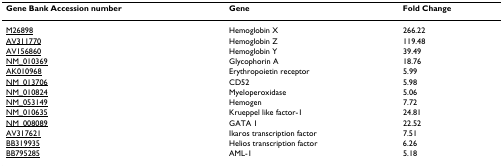
| Gene Bank Accession number | Gene | Fold Change |
 | --- | --- | --- |
 | M26898 | Hemoglobin X | 266.22 |
 | AV311770 | Hemoglobin Z | 119.48 |
 | AV156860 | Hemoglobin Y | 39.49 |
 | NM_010369 | Glycophorin A | 18.76 |
 | AK010968 | Erythropoietin receptor | 5.99 |
 | NM_013706 | CD52 | 5.98 |
 | NM_010824 | Myeloperoxidase | 5.06 |
 | NM_053149 | Hemogen | 7.72 |
 | NM_010635 | Krueppel like factor-1 | 24.81 |
 | NM_008089 | GATA 1 | 22.52 |
 | AV317621 | Ikaros transcription factor | 7.51 |
 | BB319935 | Helios transcription factor | 6.26 |
 | BB795285 | AML-1 | 5.18 |